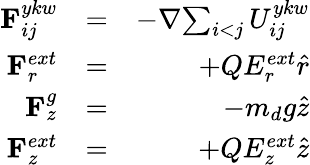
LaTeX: \begin{array}{rlr}{{{\mathbf{F}}_{ij}^{ykw}}}&{=}&{-{\nabla}{\sum_{\substack{i<j}}{{{U}}_{ij}^{ykw}}}}\\ {{{\mathbf{F}}_{r}^{ext}}}&{=}&{+{Q}{E_{r}^{ext}}{\hat{r}}}\\ {{{\mathbf{F}}_{z}^{g}}}&{=}&{-{{m_{d}}g{\hat{z}}}}\\ {{{\mathbf{F}}_{z}^{ext}}}&{=}&{+{Q}{E_{z}^{ext}}{\hat{z}}}\end{array}